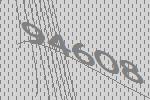
94608